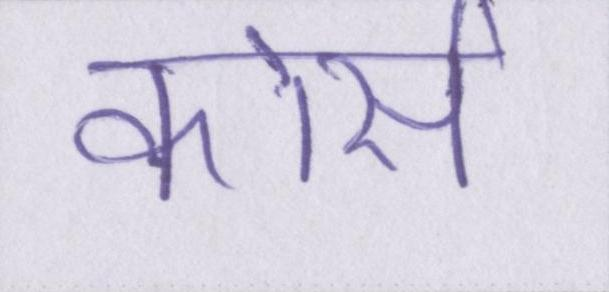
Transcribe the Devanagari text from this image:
कोर्स